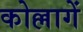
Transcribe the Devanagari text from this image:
कोल्लागें